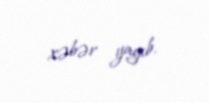
xəbər yayıb.